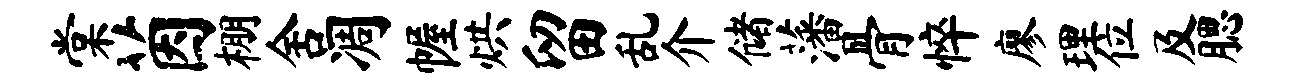
棠茵棚舍凋幄烘留乱介储藩骨悴廖理位及腮